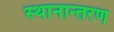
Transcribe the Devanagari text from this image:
स्‍थानान्‍तरण